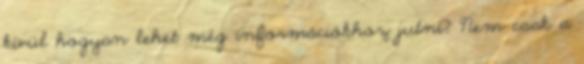
kívül hogyan lehet még információkhoz jutni? Nem csak a